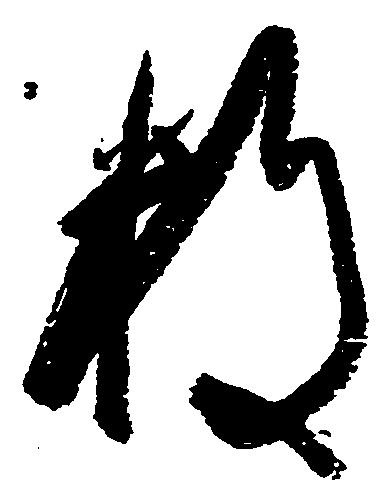
数